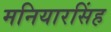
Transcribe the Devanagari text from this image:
मनियारसिंह